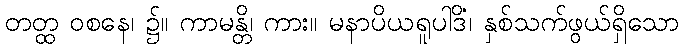
တတ္ထ ဝစနေ၊ ၌။ ကာမန္တိ၊ ကား။ မနာပိယရူပါဒိံ၊ နှစ်သက်ဖွယ်ရှိသော